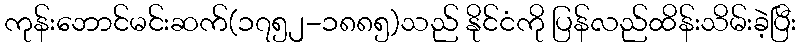
ကုန်းဘောင်မင်းဆက်(၁၇၅၂-၁၈၈၅)သည် နိုင်ငံကို ပြန်လည်ထိန်းသိမ်းခဲ့ပြီး